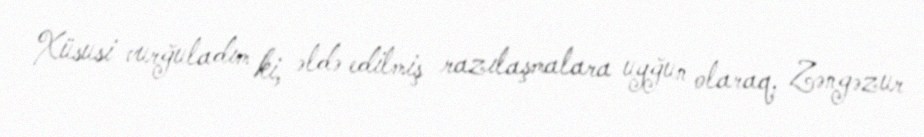
Xüsusi vurğuladım ki, əldə edilmiş razılaşmalara uyğun olaraq, Zəngəzur